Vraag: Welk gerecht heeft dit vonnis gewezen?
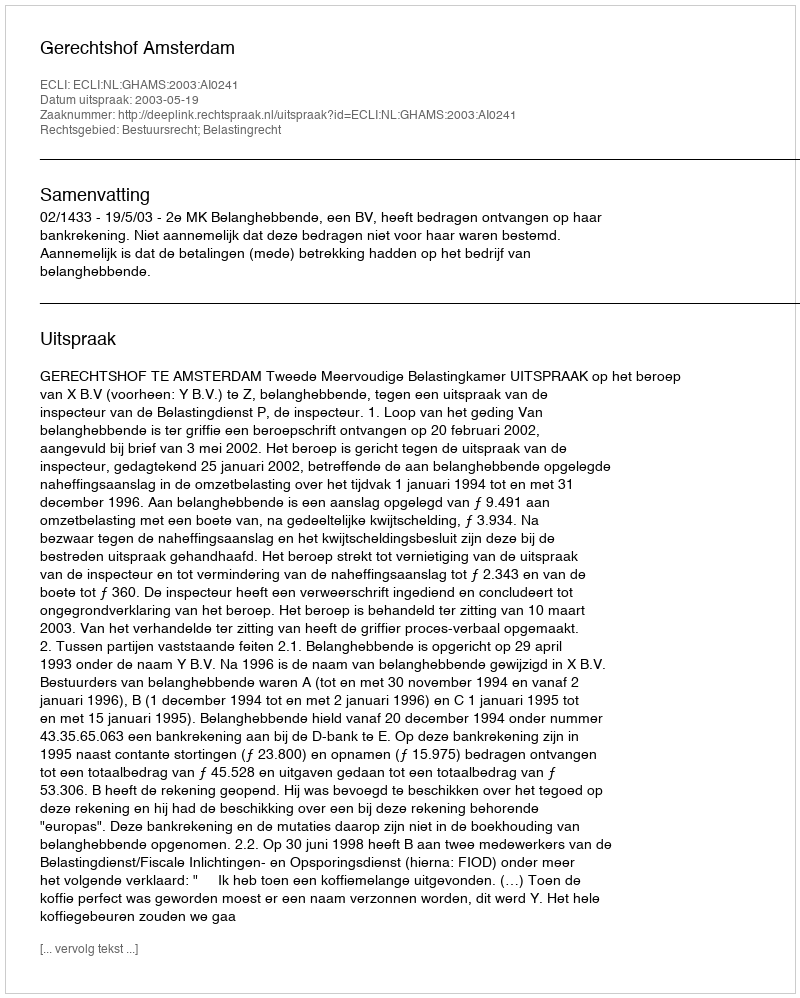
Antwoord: Gerechtshof Amsterdam